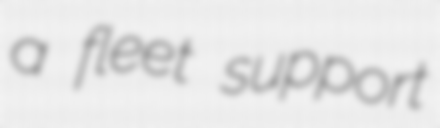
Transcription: a fleet support